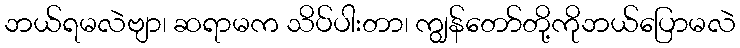
ဘယ်ရမလဲဗျာ၊ ဆရာမက သိပ်ပါးတာ၊ ကျွန်တော်တို့ကိုဘယ်ပြောမလဲ